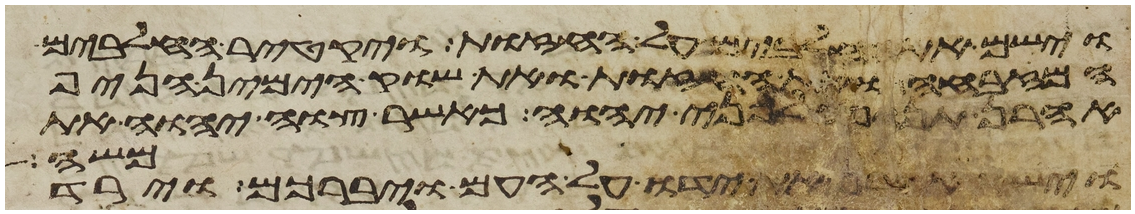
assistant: וישם את החלבים על החזות ויקטר החלבים
המזבחה ואת החזות ואת שוק הימין הניף
אהרן תנופה לפני יהוה כאשר צוה יהוה את
משה
וישא אהרן את ידו על העם ויברכם וירד